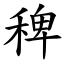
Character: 稗